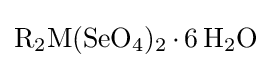
{\ce {R2M(SeO4)2.6H2O}}